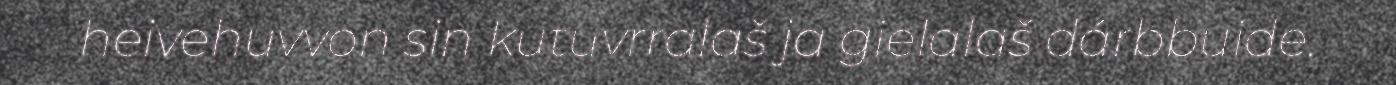
heivehuvvon sin kutuvrralaš ja gielalaš dárbbuide.